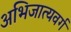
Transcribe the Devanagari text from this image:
अभिजात्यवर्ग